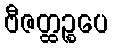
ဗီဇတ္ထဉ္စပေ